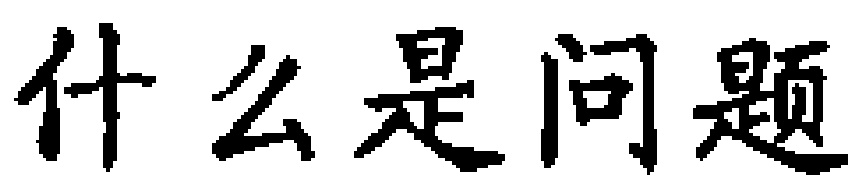
什么是问题